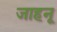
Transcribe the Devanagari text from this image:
जाहनू